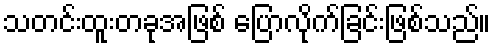
သတင်းထူးတခုအဖြစ် ပြောလိုက်ခြင်းဖြစ်သည်။